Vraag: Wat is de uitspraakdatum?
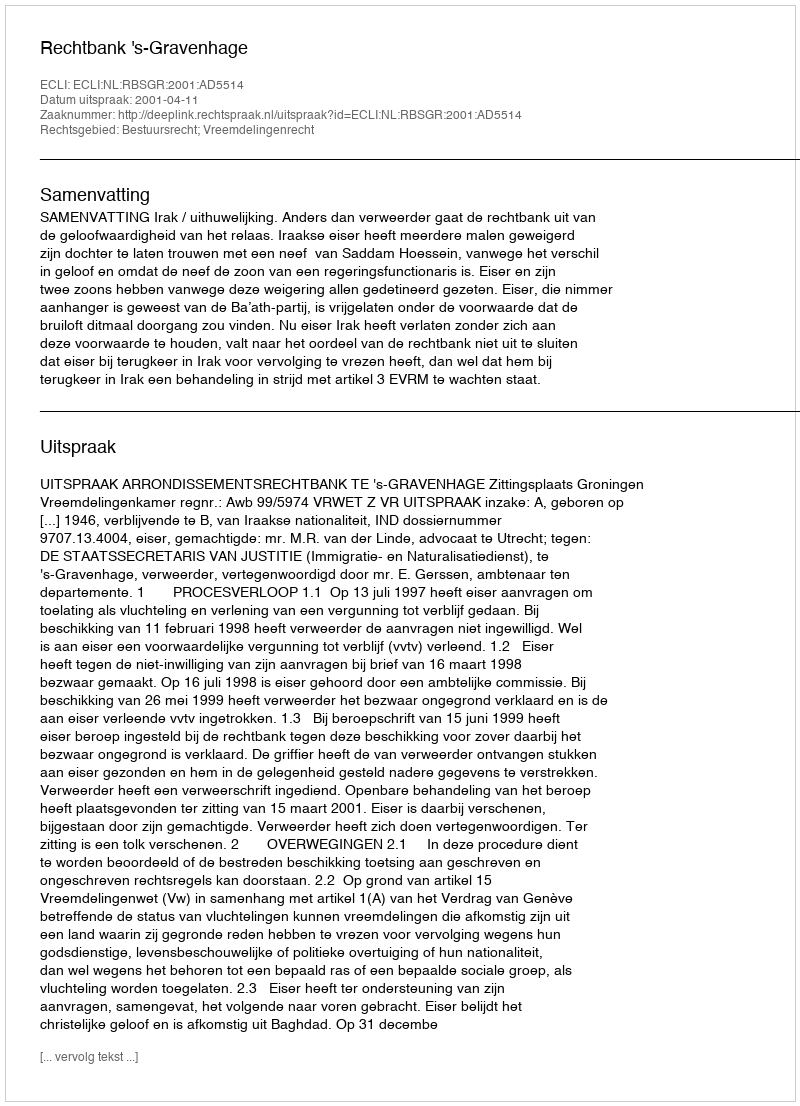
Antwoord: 2001-04-11